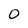
Character: 0